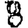
Digit: 8